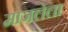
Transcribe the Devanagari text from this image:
माजलेला